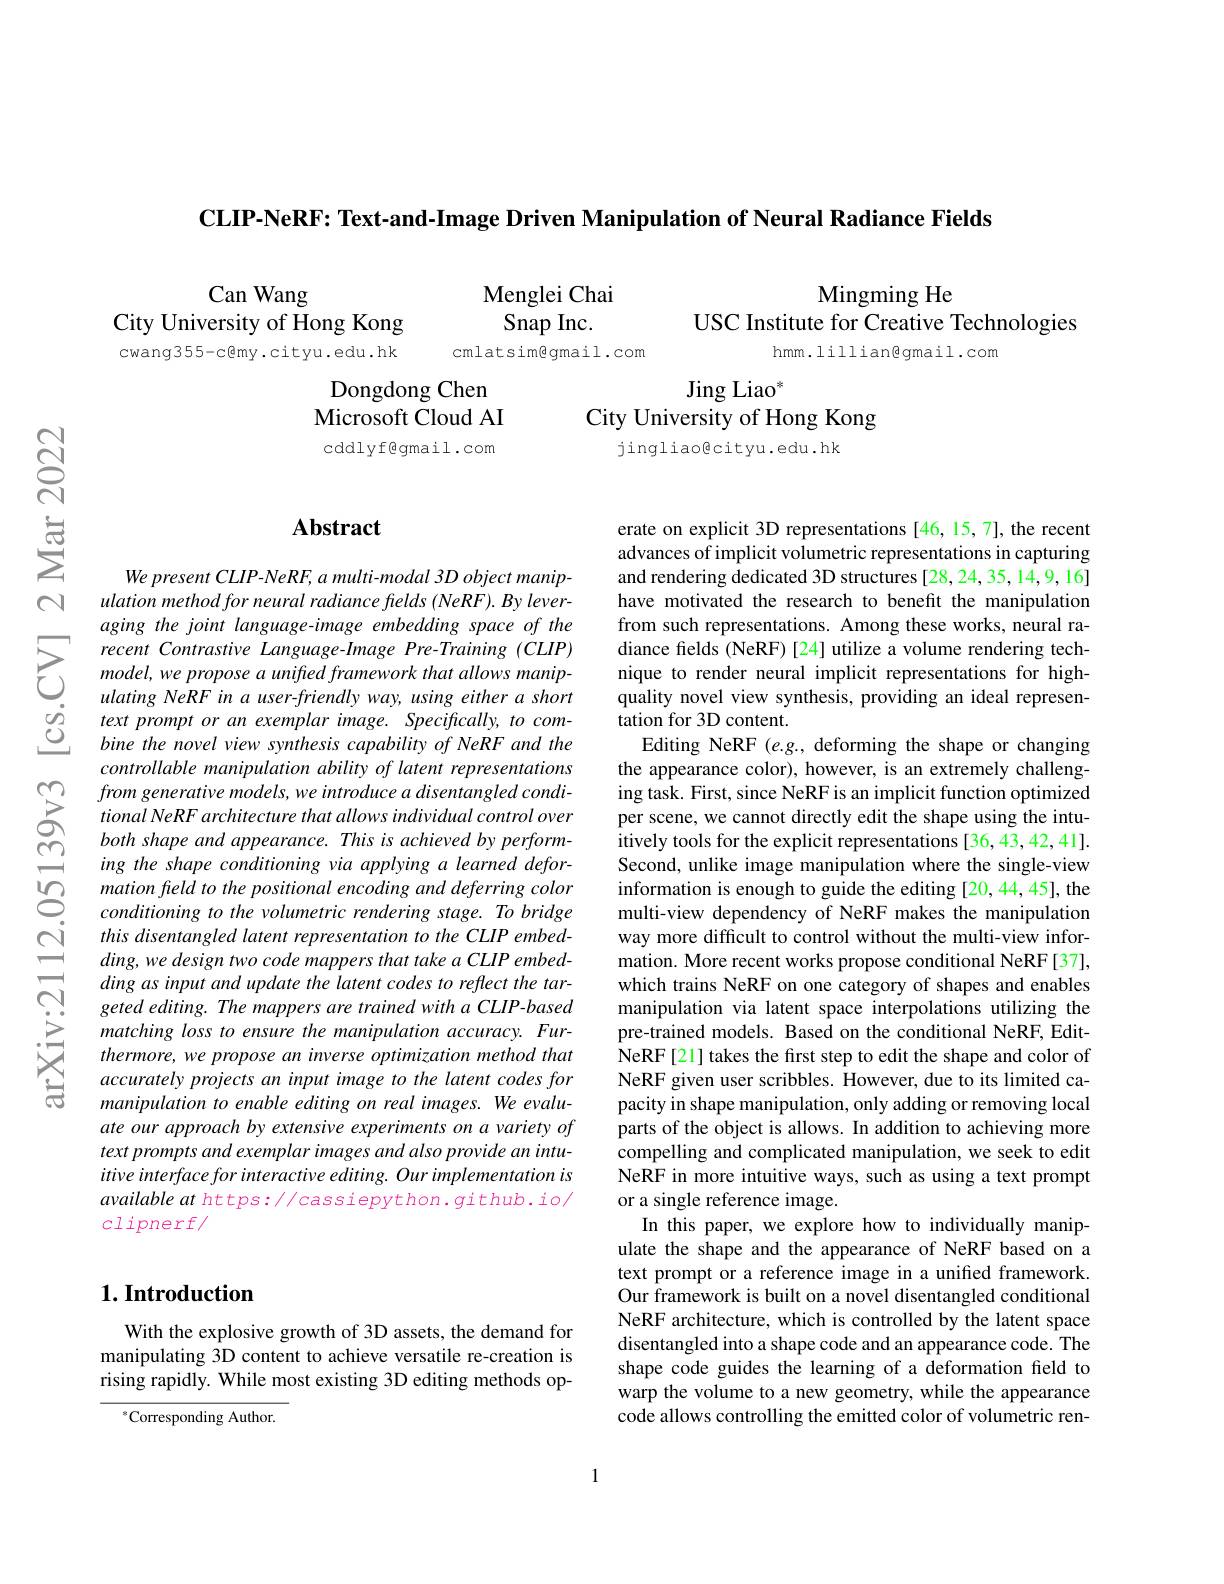
$\textbf{CLIP- NeRF: Text- and- Image Driven Manipulation of Neural Radiance Fields}$

Mingming He
USC Institute for Creative Technologies
hmm.lilliangmail.com

Can Wang
City University of Hong Kong cwang355-c@my.cityu.edu.hk

Menglei Chai Snap Inc.
cmlatsimgmail.com

Dongdong Chen

Microsoft Cloud AI

$\operatorname{Jing}\text{Liao}^*$
City University of Hong Kong
jingliaogcityu.edu.hk

cddlyfgmail.com

## $\mathbf{Abstract}$

We present CLIP- NeRF, a mul ulation method for neural ra aging the joint language-ima
$\begin{aligned}&recent&Contrastive&Langua\end{aligned}$
$\begin{array}{lll}&ulating&NeRFin&a&user-friendly&way,&usin\end{array}$
controllable manipulation ab
$foomgenerative~models,we~$
ing the shape conditioning v mation feld to the positional encoding and deferring color conditioning to the volumetr this disentangled latent representation to the CLIP embedding, we design two code map ding as input and update the latent codes to reflect the targeted editing. The mappers are trained with a CLIP-based matching loss to ensure the manipulation accuracy. Furthermore, we propose an inverse optimization method that accurately projects an input image to the latent codes for manipulation to enable editing on real images. We evaluate our approach by extensive experiments on a variety of text prompts and exemplar images and also provide an intuitive interface for interactive editing. Our implementation is available at https: / cassiepython. github. io/ clipnerf

erate on explicit 3D representations [46,15,7], the recent advances of implicit volumetric representations in capturing and rendering dedicated 3D structures [28,24,35,14,9,16] have motivated the research to benefit the manipulation from such representations. Among these works, neural ratation for 3D content.
Editing NeRF (e.g., deforming the shape or changing the appearance color), however, is an extremely challengSecond, unlike image manipulation where the single-view information is enough to guide the editing [20,44,45], the multi-view dependency of NeRF makes the manipulation way more difficult to control without the multi-view information. More recent works propose conditional NeRF[37], which trains NeRF on one category of shapes and enables manipulation via latent space interpolations utilizing the pre-trained models. Based on the conditional NeRF, Edit- $\hat{N}$eRF[ 21] takes the first step to edit the shape and color of NeRF given user scribbles. $\hat{\text{However,duetoitslimitedca-}}$ pacity in shape manipulation, only adding or removing local parts of the object is allows. In addition to achieving more compelling and complicated manipulation, we seek to edit NeRF in more intuitive ways, such as using a text prompt or a single reference image.
In this paper, we explore how to individually manipulate the shape and the appearance of NeRF based on a text prompt or a reference image in a unified framework. Our framework is built on a novel disentangled conditional NeRF architecture, which is controlled by the latent space disentangled into a shape code and an appearance code. The shape code guides the learning of a deformation field to warp the volume to a new geometry, while the appearance code allows controlling the emitted color of volumetric ren-

## $1. \textbf{Introduction}$

With the explosive growth of 3D assets, the demand for manipulating 3D content to achieve versatile re-creation is rising rapidly. While most existing 3D editing methods op-

$^{*}$Corresponding Author.

1